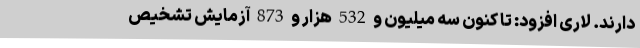
دارند. لاری افزود: تا کنون سه میلیون و 532 هزار و 873 آزمایش تشخیص